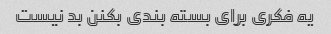
یه فکری برای بسته بندی بکنن بد نیست